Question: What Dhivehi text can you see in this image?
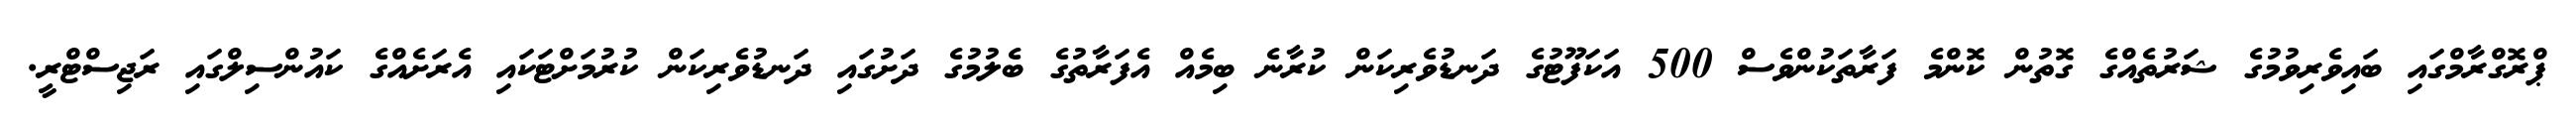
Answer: ޕްރޮގްރާމްގައި ބައިވެރިވުމުގެ ޝަރުތެއްގެ ގޮތުން ކޮންމެ ފަރާތަކުންވެސް 500 އަކަފޫޓުގެ ދަނޑުވެރިކަން ކުރާނެ ބިމެއް އެފަރާތުގެ ބެލުމުގެ ދަށުގައި ދަނޑުވެރިކަން ކުރުމަށްޓަކައި އެރަށެއްގެ ކައުންސިލްގައި ރަޖިސްޓްރީ.